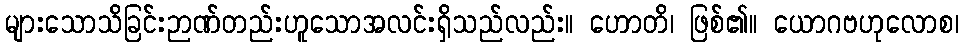
များသောသိခြင်းဉာဏ်တည်းဟူသောအလင်းရှိသည်လည်း။ ဟောတိ၊ ဖြစ်၏။ ယောဂဗဟုလောစ၊